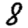
Digit: 8